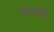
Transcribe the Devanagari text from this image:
नार्जारी